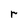
Character: r